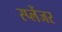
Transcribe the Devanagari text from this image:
स्प्लेंजर